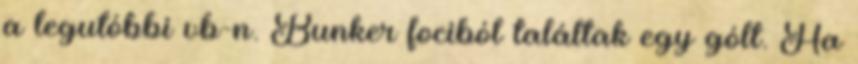
a legutóbbi vb-n. Bunker fociból találtak egy gólt. Ha